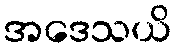
အဒေသယိ